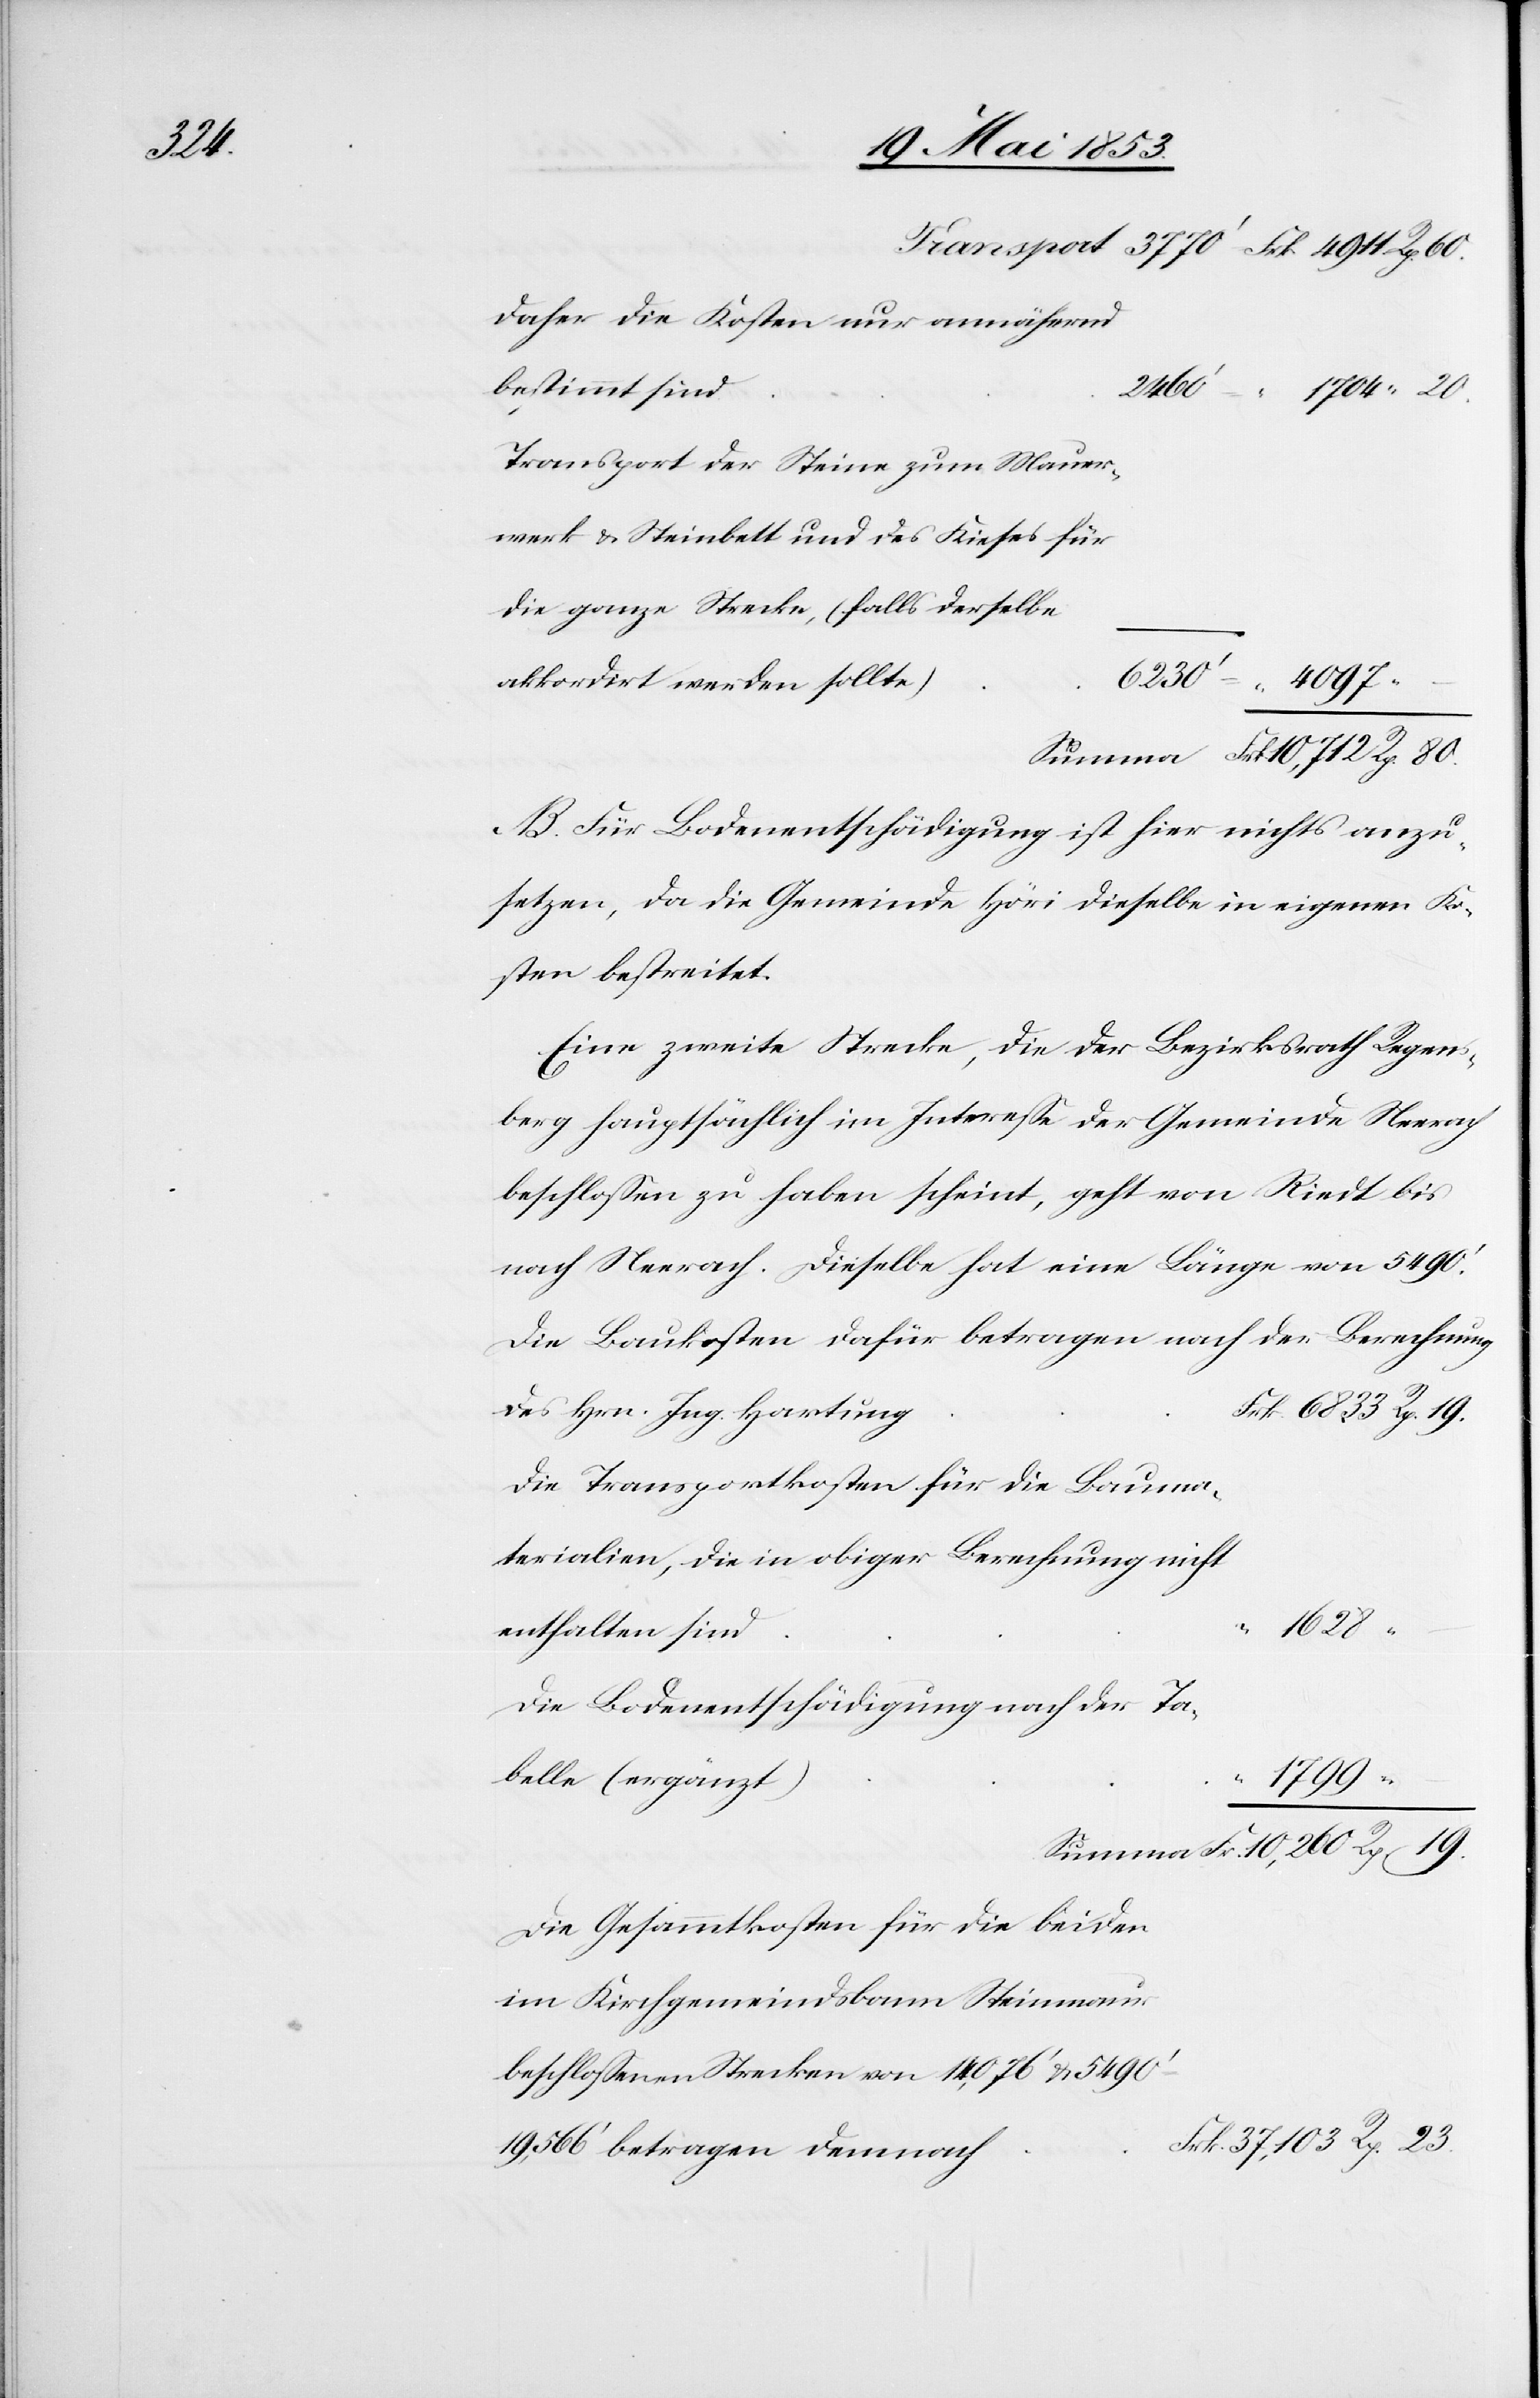
belle

Daher die Kosten nur annähernd
Transport der Steine zum Mauerw¬
akkordirt werden sollt¬
Summa 	Frk. 10,712. Rp. 80.
B. Für Bodenentschädigung ist hier nichts anzu¬
setzen, da die Gemeinde dieselbe in eigenen Ko¬
sten bestreitet.
Eine zweite Strecke, die der Bezirksrath Regens¬
berg hauptsächlich im Intereße der Gemeinde Neerach
beschloßen zu haben scheint, geht von Riedt bis
nach Neerach. Dieselbe hat eine Länge von 5490’.
Die Baukosten dafür betragen nach der Berechnung
in
Die Transportkosten für die Baumater¬
6833
Die Bodenentschädigung nach der Ta¬
19.
Summa Fr. 10,260 Rp. 19.
Die Gesammtkosten für die beiden
beschloßenen Strecken von 14,076’ u. 5490’–
37,103 Rp. 23.